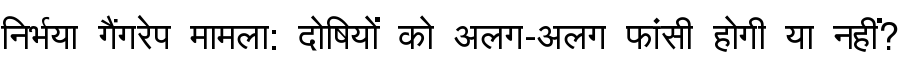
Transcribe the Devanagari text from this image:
निर्भया गैंगरेप मामला: दोषियों को अलग-अलग फांसी होगी या नहीं?